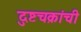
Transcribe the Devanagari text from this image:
दुष्टचक्रांची